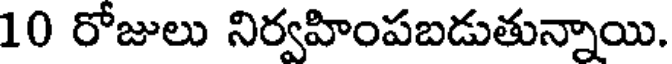
10 రోజులు నిర్వహింపబడుతున్నాయి.